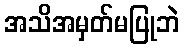
အသိအမှတ်မပြုဘဲ